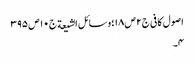
اصول کافی ج٢ ص ١٨؛ وسائل الشیعة ج١٠ ص ٣٩٥
٤۔